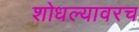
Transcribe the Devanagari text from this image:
शोधल्यावरच